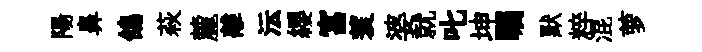
陽鼻鴿萩麓離沄纓富蓑婆就叱坤瞩默粹混萝